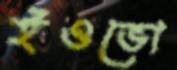
ইওভো